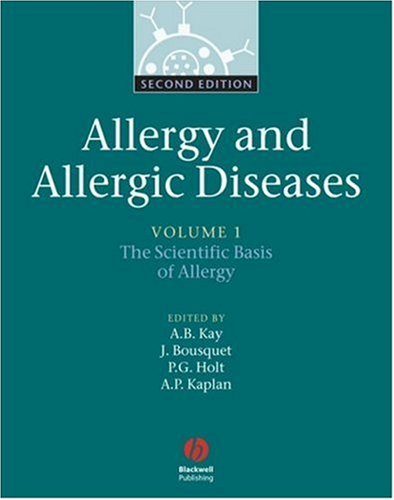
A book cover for Allergy and Allergic Diseases, 2 Volume Set; Health, Fitness & Dieting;